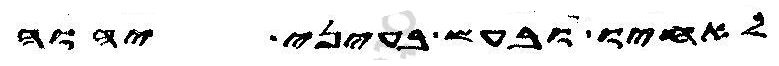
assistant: לאחיו ובעש בעיני יהוה